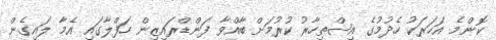
ކޮންމެ އަހަރަކު ހެދުމުގެ އިޝްތިހާރު ކުރުމަށް ބާއްވާ ފަންޑްރައިޒިން ހަފްލާގައި އެމާ ލައިގެން